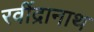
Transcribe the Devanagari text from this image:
रवींद्रानाथ